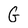
Character: G